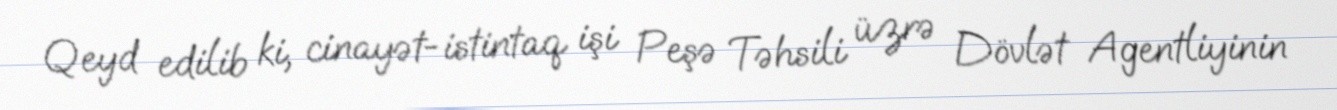
Qeyd edilib ki, cinayət-istintaq işi Peşə Təhsili üzrə Dövlət Agentliyinin